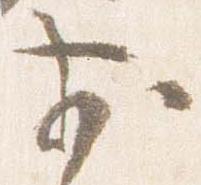
前